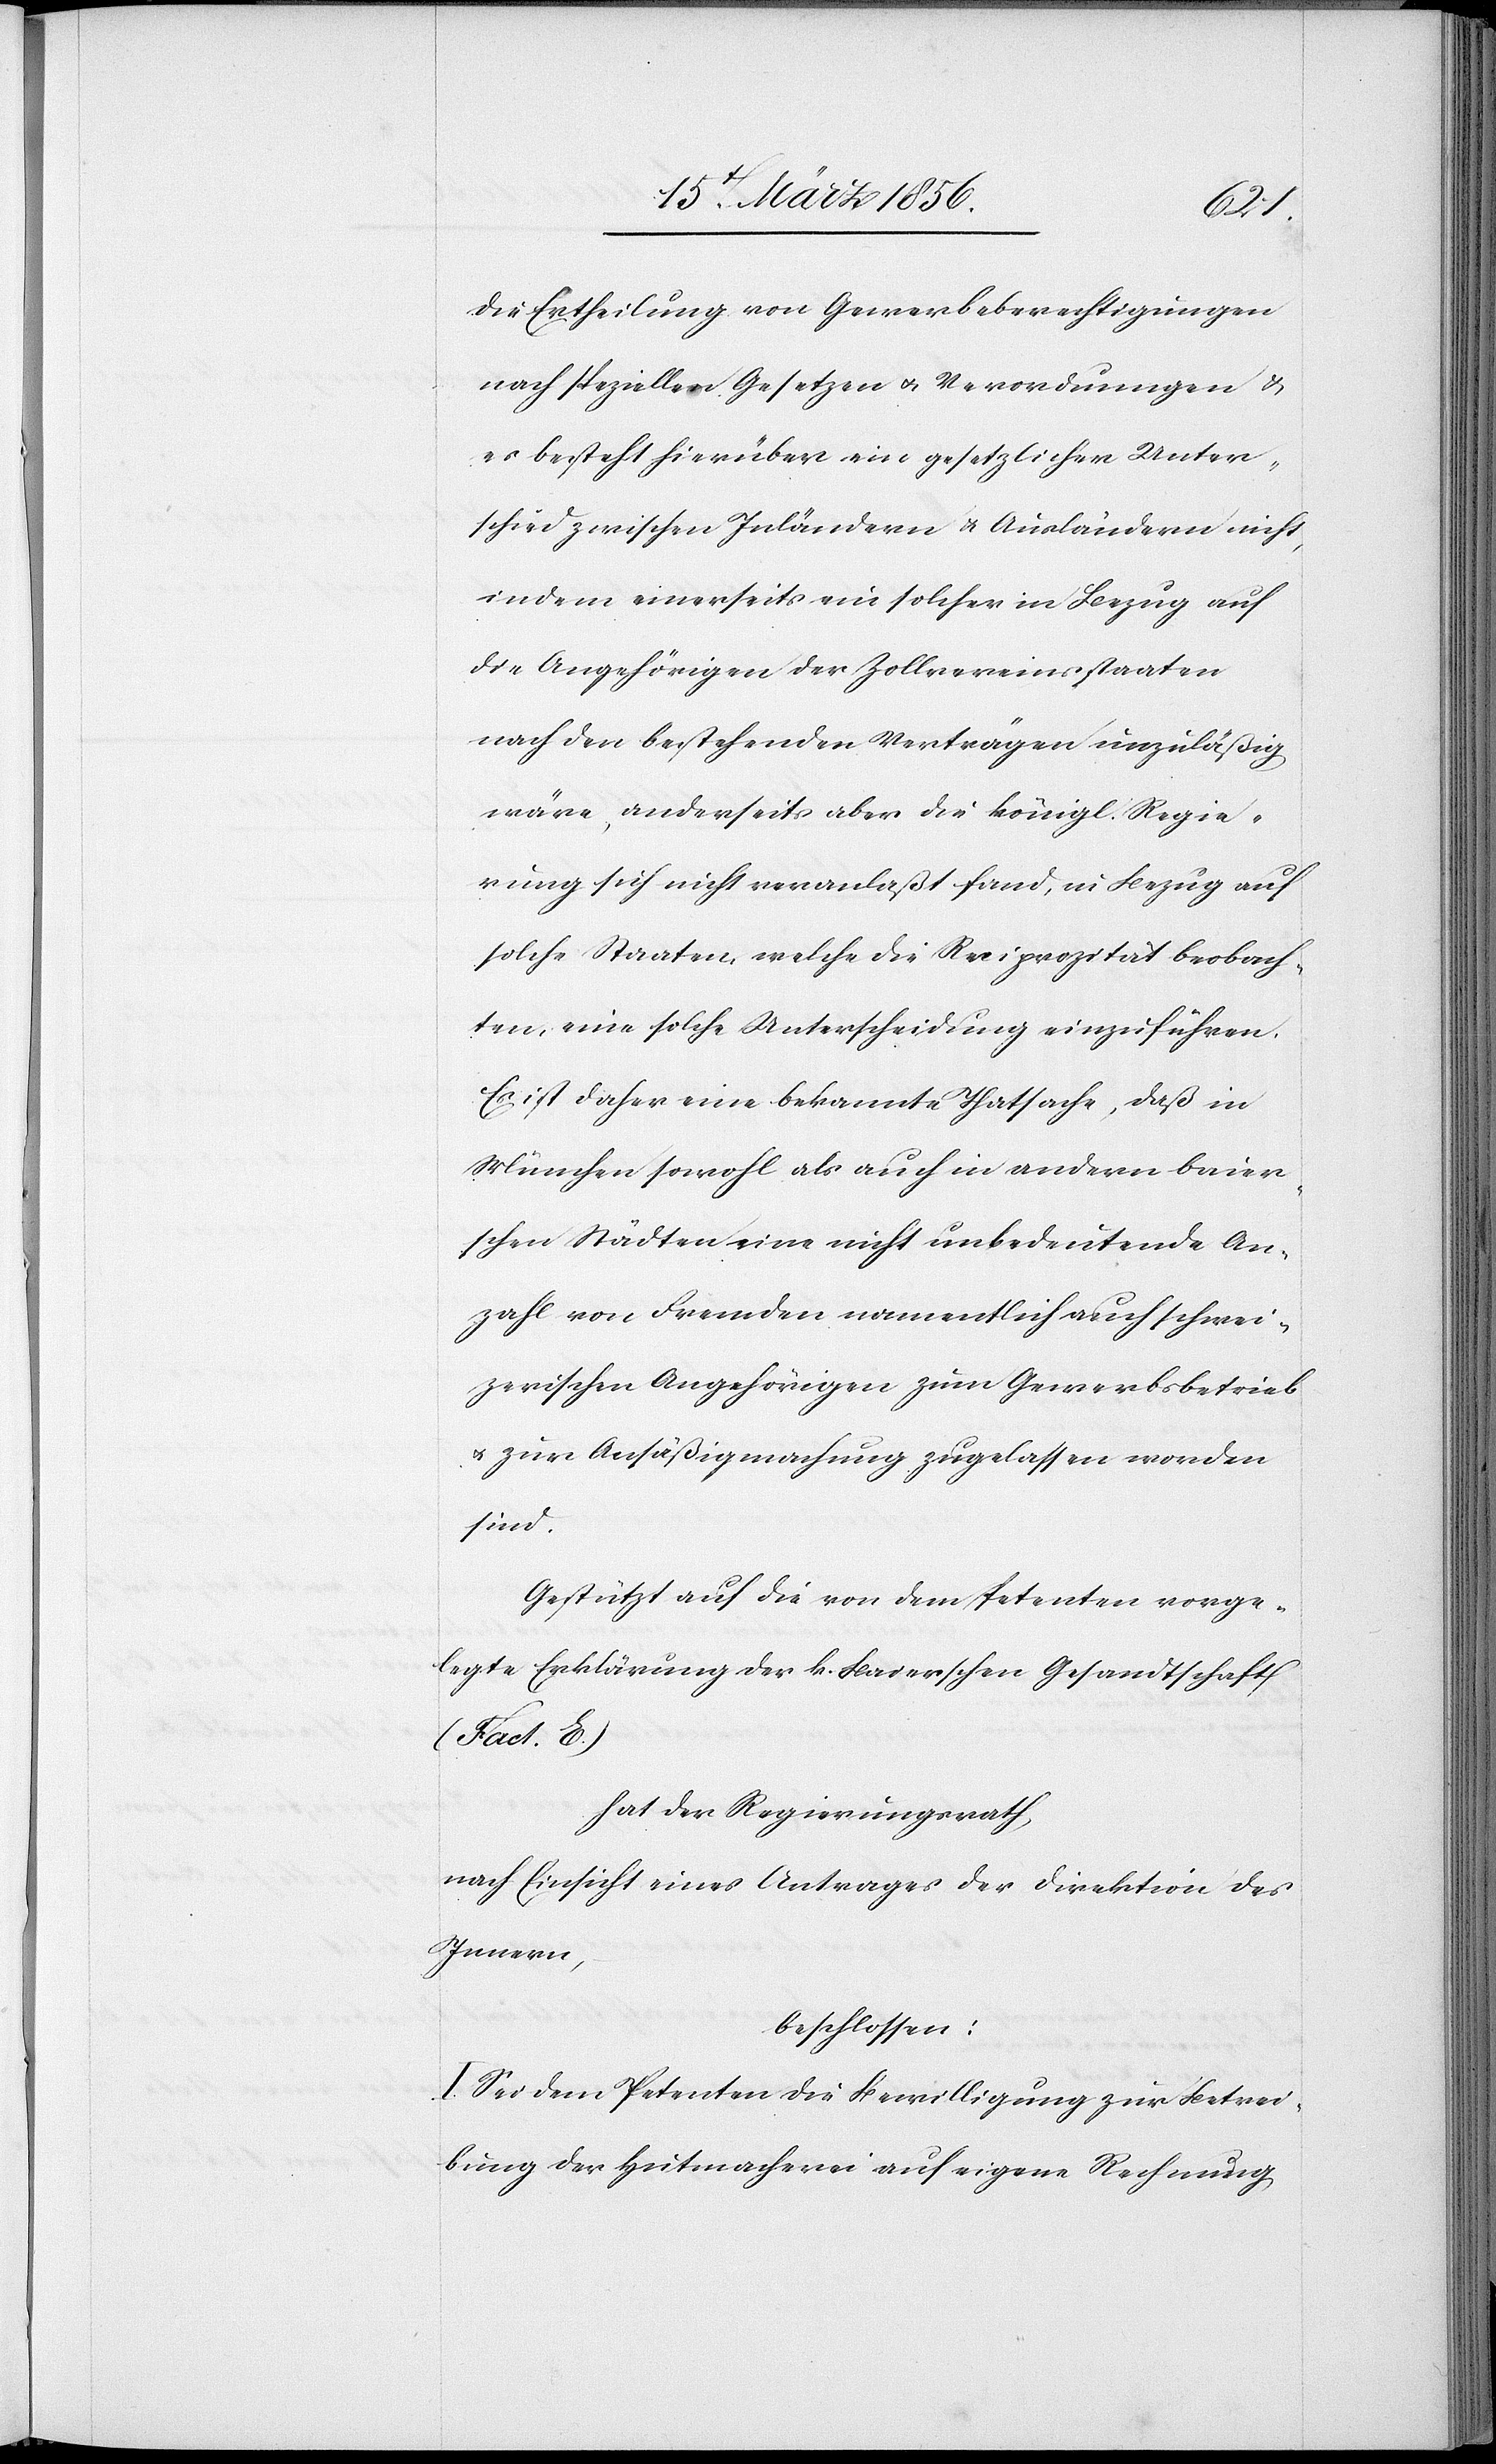
die Ertheilung von Gewerbeberechtigungen
nach speziellen Gesetzen u. Verordnungen &
es besteht hierüber ein gesetzlicher Unter¬
schied zwischen Inländern & Ausländern nicht,
indem einerseits ein solcher in Bezug auf
die Angehörigen der Zollvereinsstaaten
nach den bestehenden Verträgen unzuläßig
wäre, anderseits aber die königl. Regie¬
rung sich nicht veranlaßt fand, in Bezug auf
solche Staaten, welche die Reciprozität beobach¬
ten, eine solche Unterscheidung einzuführen.
Es ist daher eine bekannte Thatsache, daß in
München sowohl als auch in andern baier¬
schen Städten eine nicht unbedeutende An¬
zahl von Fremden namentlich auch schwei¬
zerischen Angehörigen zum Gewerbsbetrieb
u. zur Ansäßigmachung zugelassen worden
sind.
Gestützt auf die von dem Petenten vorge¬
legte Erklärung der k. Baierschen Gesandtschaft
(Fact. E.)
hat der Regierungsrath,
nach Einsicht eines Antrages der Direktion des
Innern,
beschlossen:
I. Sei dem Petenten die Bewilligung zur Betrei¬
bung der Hutmacherei auf eigene Rechnung